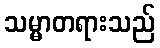
သမ္မာတရားသည်